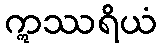
ဣဿရိယံ